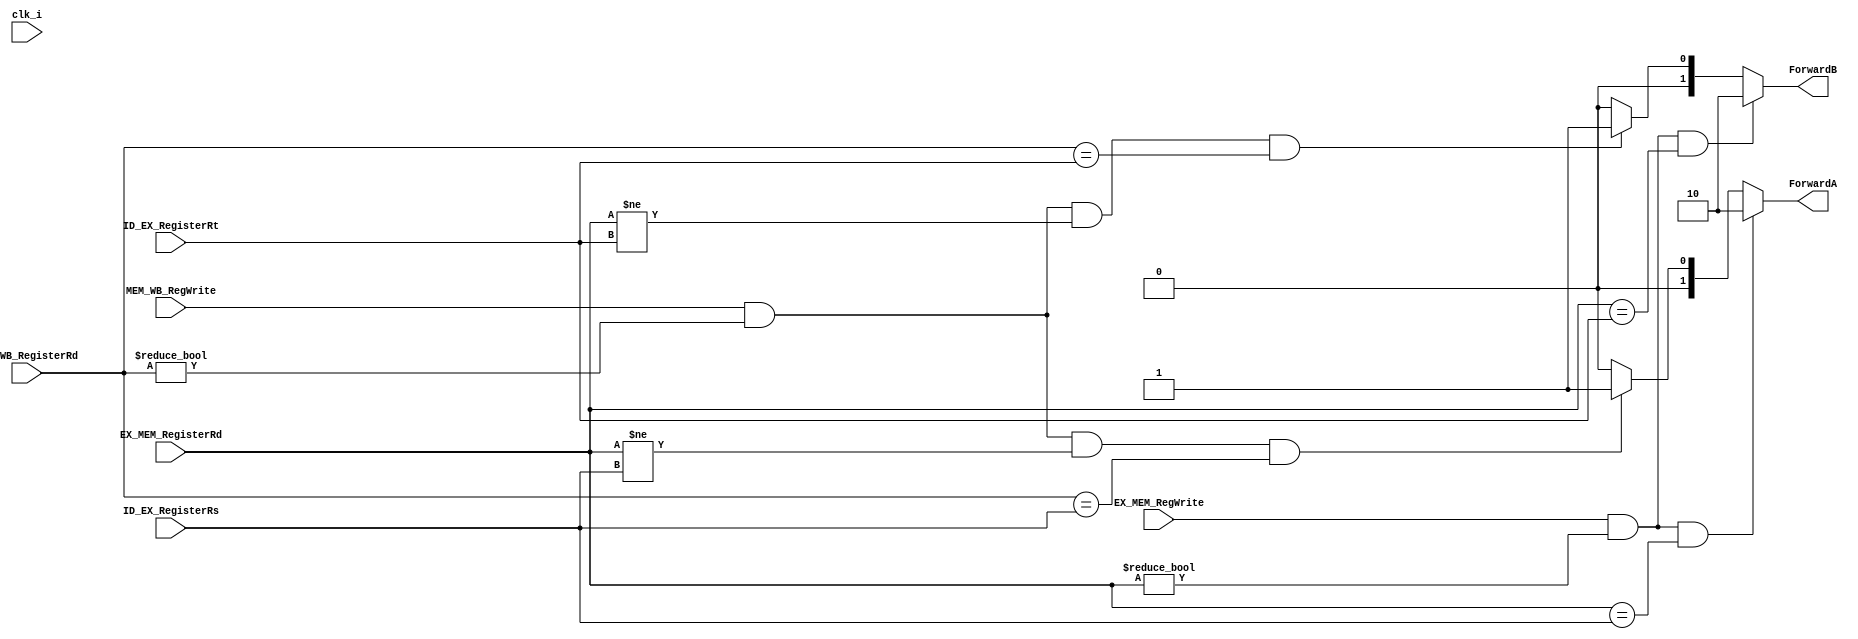
module ForwardingUnit(
	input clk_i,
	// EX hazard, MEM hazard
	input EX_MEM_RegWrite,
	input [4:0] EX_MEM_RegisterRd, // Write_Register in EX_MEM.v 
	input [4:0] ID_EX_RegisterRs,
	input [4:0] ID_EX_RegisterRt,
	input MEM_WB_RegWrite,
	input [4:0] MEM_WB_RegisterRd,

	output reg[1:0] ForwardA,
	output reg[1:0] ForwardB
);
// BUG: Every change should reflect on ForwardA, ForwardB
always @(*) begin
	if (EX_MEM_RegWrite && (EX_MEM_RegisterRd != 0) && (EX_MEM_RegisterRd == ID_EX_RegisterRs))
	begin
		ForwardA <= 2'b10;
	end
	else if (MEM_WB_RegWrite && (MEM_WB_RegisterRd != 0) && (EX_MEM_RegisterRd != ID_EX_RegisterRs)
		&& (MEM_WB_RegisterRd == ID_EX_RegisterRs))
	begin
		ForwardA <= 2'b01;
	end
	else ForwardA <= 2'b00;

	if (EX_MEM_RegWrite && (EX_MEM_RegisterRd != 0) && (EX_MEM_RegisterRd == ID_EX_RegisterRt))
	begin
		ForwardB <= 2'b10;
	end
	else if (MEM_WB_RegWrite && (MEM_WB_RegisterRd != 0) && (EX_MEM_RegisterRd != ID_EX_RegisterRt)
		&& (MEM_WB_RegisterRd == ID_EX_RegisterRt))
	begin
		ForwardB <= 2'b01;
	end
	else ForwardB <= 2'b00;
end
endmodule